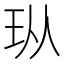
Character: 𪻐